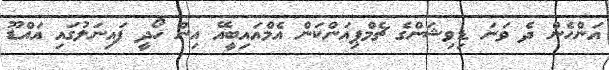
އަންހެން ދެ ވަނަ ޑިވިޝަންގެ ޗެމްޕިއަންކަން އެމްއައިބީއޭ އިން ހޯދީ ފައިނަލުގައި އައްޑޫ